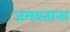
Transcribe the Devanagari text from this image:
जमवताना